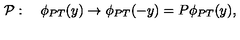
{ \cal P } : \quad \phi _ { P T } ( y ) \rightarrow \phi _ { P T } ( - y ) = P \phi _ { P T } ( y ) ,